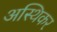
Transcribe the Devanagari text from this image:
अस्थिकर